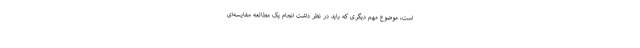
است، موضوع مهم دیگری که باید در نظر داشت انجام یک مطالعه مقایسه‌ای